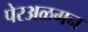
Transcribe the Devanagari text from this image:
पेरअळगन